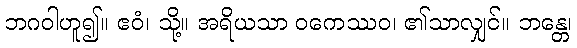
ဘဂဝါဟူ၍။ ဧဝံ၊ သို့။ အရိယသာ ဝကေဿဝ၊ ၏သာလျှင်။ ဘန္တေ၊